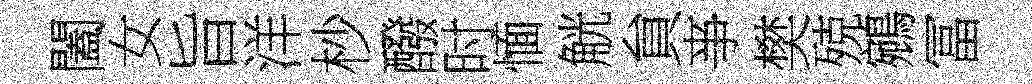
闔女旨洋杪醱时愐觥貟亊樊殑鵷冨